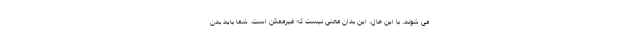
می شوند. با این حال، این بدان معنی نیست که غیرممکن است. شما باید بدن